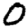
Digit: 0